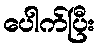
ပေါက်ပြီး